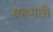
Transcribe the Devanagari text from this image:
ग्रहगती